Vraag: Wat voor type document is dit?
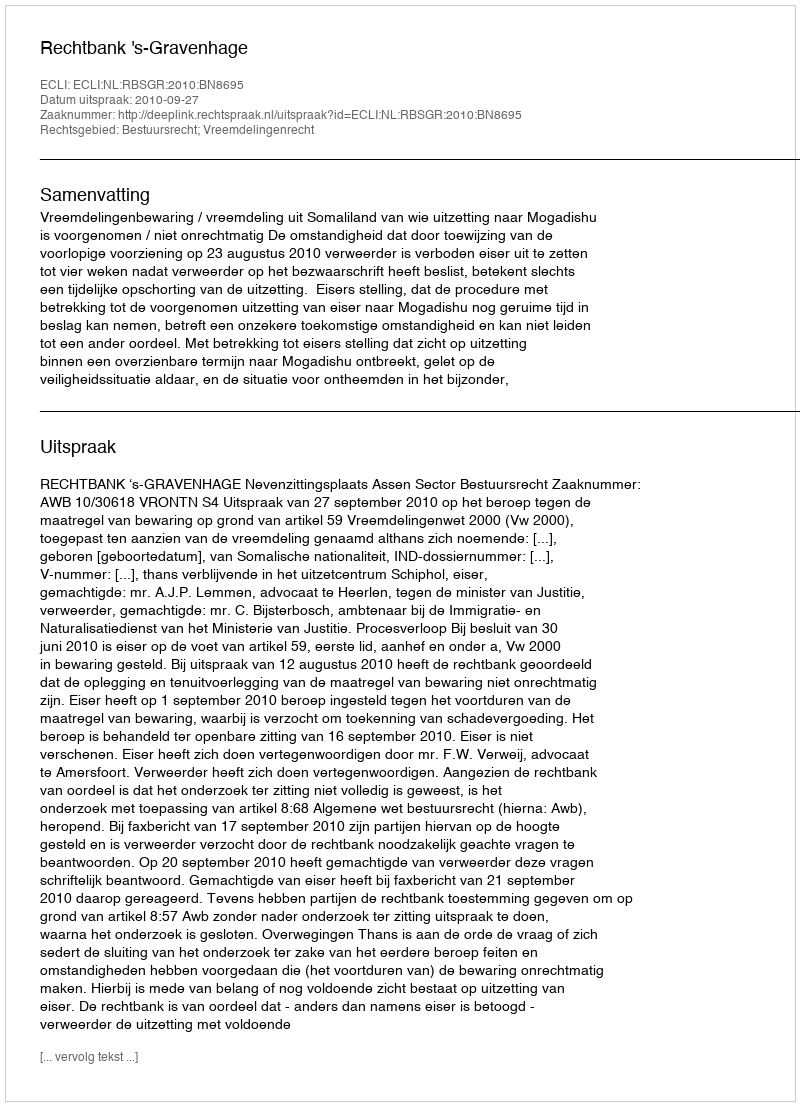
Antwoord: Uitspraak